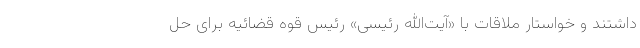
داشتند و خواستار ملاقات با «آیت‌الله رئیسی» رئیس قوه قضائیه برای حل